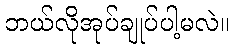
ဘယ်လိုအုပ်ချုပ်ပါ့မလဲ။